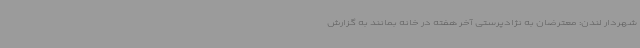
شهردار لندن: معترضان به نژادپرستی آخر هفته در خانه بمانند به گزارش